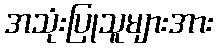
အသုံးပြုသူများအား